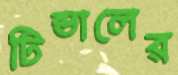
টিন্ডালের